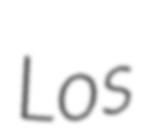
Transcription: Los